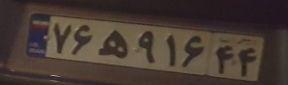
۷۶ه۹۱۶۴۴